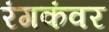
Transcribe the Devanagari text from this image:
रंगकंवर